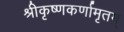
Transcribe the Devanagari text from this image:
श्रीकृष्णकर्णामृतम्